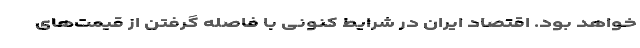
خواهد بود. اقتصاد ایران در شرایط کنونی با فاصله گرفتن از قیمت‌های